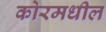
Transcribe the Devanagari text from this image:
कोरमधील